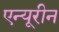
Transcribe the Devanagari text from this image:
एन्यूरीन